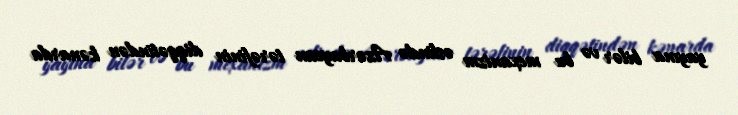
yayına bilər və bu mexanizm əslində Azərbaycan tərəfinin diqqətindən kənarda